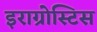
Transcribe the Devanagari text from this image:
इराग्रोस्टिस